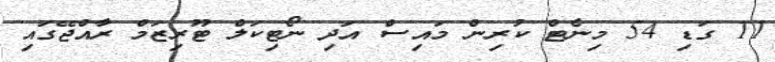
11 ގަޑި 54 މިނެޓް ކުރިން މައިސް އަދި ނޯޓިކަލް ޓޫރިޒަމް ރާއްޖޭގައި